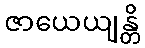
ဇာယေယျန္တိ